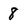
Character: 8